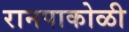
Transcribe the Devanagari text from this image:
रानपाकोळी